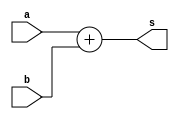
 // ------------------------- 
// Exemplo0016 - OPERAES
// Nome: Rafael Santos Moura 
// ------------------------- 
// ------------------------- 
// test number system 
// ------------------------- 

module EX01a (output [4:0]s, input [1:0]a, input [3:0]b);
	assign s = a + b;
endmodule

module EX01b (output [4:0]s, input [1:0]a, input [3:0]b);
	assign s = a * b;
endmodule
	
module EX01c (output [5:0]s, input [5:0]a, input [2:0]b);
	assign s = a / b;
endmodule
	
module EX01d (output [4:0]s, input [4:0]a, input [3:0]b);
	assign s = a - b;
endmodule
	
module EX01e (output [4:0]s, input [1:0]a, input [3:0]b, input [2:0]c, input d);
	assign s = ((a * b) + c - d);
endmodule


module test_base_01; 
// ------------------------- definir dados 
	reg [1:0] a; 
	reg [3:0] b; 
	reg [1:0] c; 
	reg [3:0] d;
	reg [5:0] e; 
	reg [2:0] f; 
	reg [4:0] g; 
	reg [3:0] h; 
	reg [1:0] i; 
	reg [3:0] j; 
	reg [2:0] k; 
	reg       l;  
		
	wire [4:0]sA; 
	wire [4:0]sB; 
	wire [5:0]sC; 
	wire [4:0]sD; 
	wire [4:0]sE; 
	
	EX01a letraA(sA, a, b); 
	EX01b letraB(sB, c, d);
	EX01c letraC(sC, e, f);
	EX01d letraD(sD, g, h);
	EX01e letraE(sE, i, j, k, l);
	
// ------------------------- parte principal 
initial begin 
	$display("Exemplo0016 - Rafael Santos Moura - 441705");
	$display("Test number system"); 
	
	a = 3;
	b = 14;
	$display("\nLetra A)");
	$display("%b + %b = %b", a, b, sA);
	
	c = 3;
	d = 8;
	$display("\nLetra B)");
	$display("%b * %b = %b", c, d, sB);
				
	e = 33;
	f = 5;
	$display("\nLetra C)");
	$display("%b / %b = %b", e, f, sC);
				
	g = 25;
	h = 11;
	$display("\nLetra D)");
	$display("%b - %b = %b", g, h, sD);
				
	i = 2;
	j = 8;
	k = 7;
	l = 1;
	$display("\nLetra E)");
	$display("(%b * %b) + %b - %b = %b", i, j, k, l, sE);	

end 
endmodule // test_base